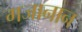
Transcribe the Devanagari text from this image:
गजानान